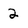
Character: 2